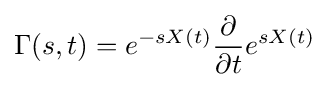
\Gamma (s,t)=e^{-sX(t)}{\frac {\partial }{\partial t}}e^{sX(t)}